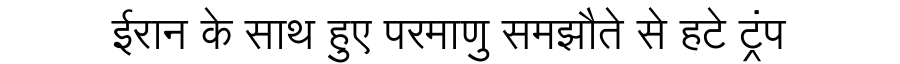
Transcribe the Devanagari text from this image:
ईरान के साथ हुए परमाणु समझौते से हटे ट्रंप